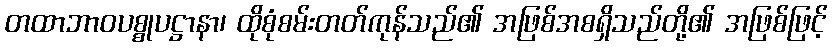
တထာဘာဝပစ္စုပဋ္ဌာနာ၊ ထိုစုံစမ်းတတ်ကုန်သည်၏ အဖြစ်အစရှိသည်တို့၏ အဖြစ်ဖြင့်